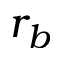
r _ { b }